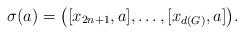
LaTeX: \begin{align*}\sigma(a)=\big([x_{2n+1}, a], \ldots, [x_{d(G)}, a]\big).\end{align*}